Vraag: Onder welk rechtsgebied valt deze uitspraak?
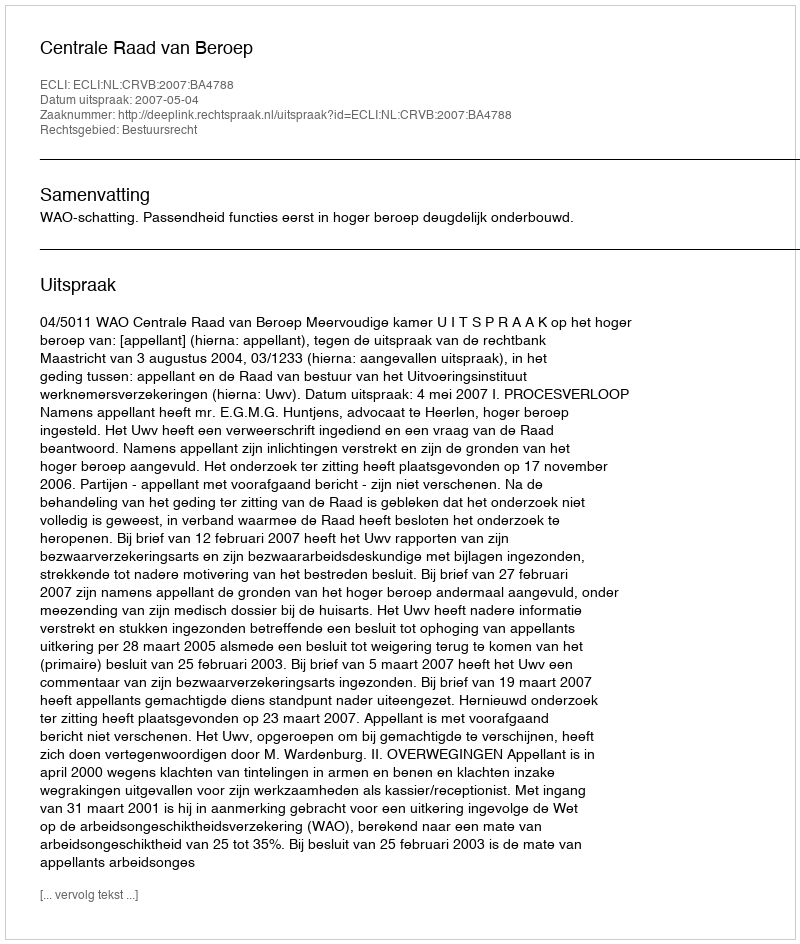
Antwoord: Bestuursrecht